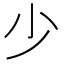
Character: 少